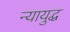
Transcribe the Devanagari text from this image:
न्यायुद्ध